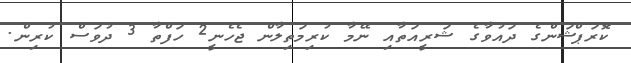
ކޮރަޕްޝަންގެ ދައުވާގެ ޝަރީއަތާއި ނޭމާ ކުރިމަތިލާން ޖެހެނީ2 ހަފްތާ 3 ދުވަސް ކުރިން.